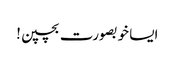
ایسا خوبصورت بچپن!